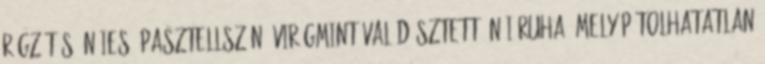
rögzítés. Nőies, pasztellszínű virágmintával dísztett, női ruha, mely pótolhatatlan